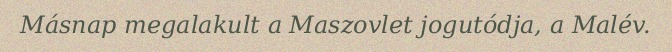
Másnap megalakult a Maszovlet jogutódja, a Malév.